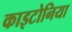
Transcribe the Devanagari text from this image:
काइटोनिया